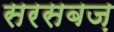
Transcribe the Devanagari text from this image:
सरसबज़